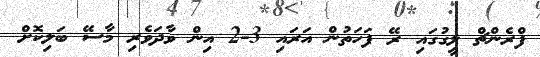
ފްރެންޗް ލީގުގައި ރޭ ފަހަތުން އަރައި 3-2 އިން ވާދަވެރި މާސޭ ބަލިކޮށް